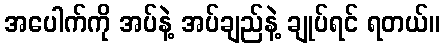
အပေါက်ကို အပ်နဲ့ အပ်ချည်နဲ့ ချုပ်ရင် ရတယ်။